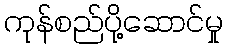
ကုန်စည်ပို့ဆောင်မှု